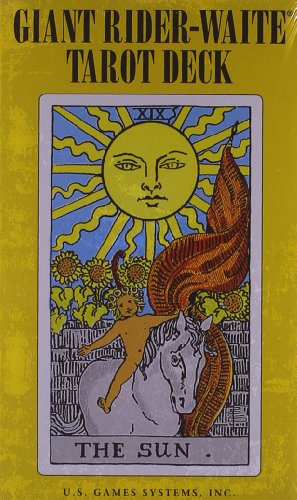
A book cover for Giant Rider-Waite Tarot Deck: Complete 78-Card Deck; Pamela Colman Smith; Religion & Spirituality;